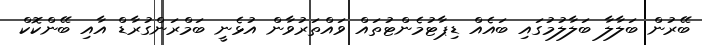
ބޭރުން ބަލާލާ ބަލާލުމުގައި ބައެއް ޑިޕާޓުމެންޓުތައް ވައްތަރުވާން އުޅެނީ ބަމްރަންގުރާޑް އާއި ބޭންކޮކް